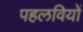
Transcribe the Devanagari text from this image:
पहलवियों